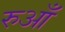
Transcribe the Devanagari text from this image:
रुआँ